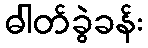
ဓါတ်ခွဲခန်း